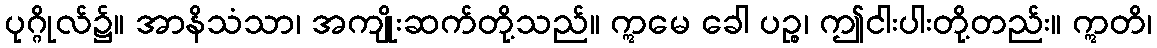
ပုဂ္ဂိုလ်၌။ အာနိသံသာ၊ အကျိုးဆက်တို့သည်။ ဣမေ ခေါ ပဉ္စ၊ ဤငါးပါးတို့တည်း။ ဣတိ၊